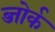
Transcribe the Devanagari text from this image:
ब्जोर्क